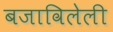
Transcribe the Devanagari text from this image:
बजाविलेली